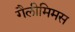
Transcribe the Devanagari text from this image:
गैलीमिमस